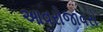
આવરોજાવરો